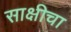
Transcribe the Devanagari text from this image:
साक्षीचा